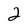
Character: 2